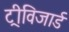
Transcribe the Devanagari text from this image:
ट्रीविजार्ड